Annual report on the Civil Veterinary Department, Burma (including the Insein Veterinary School) - 1910-1922
Year: 1910
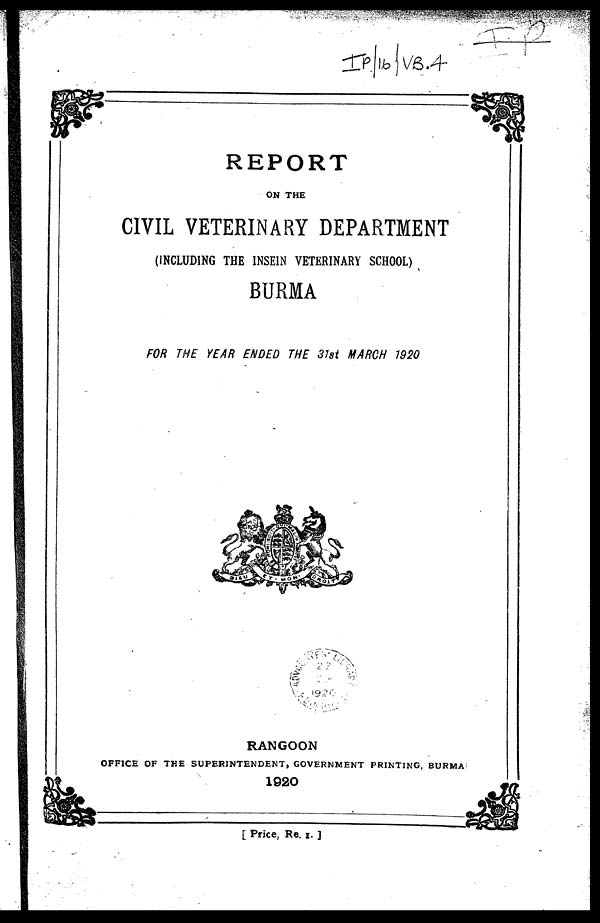
REPORT
ON THE
CIVIL VETERINARY DEPARTMENT
(INCLUDING THE 1NSEIN VETERINARY SCHOOL)
BURMA
FOR THE YEAR ENDED THE 31st MARCH 1920
RANGOON
OFFICE OF THE SUPERINTENDENT, GOVERNMENT PRINTING, BURMA
1920
[ Price, Re. x. ]